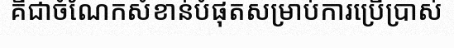
គឺជាចំណែកសំខាន់បំផុតសម្រាប់ការប្រើប្រាស់